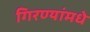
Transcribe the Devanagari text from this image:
गिरण्यांमधे